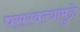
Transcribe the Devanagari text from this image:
पसरवल्यामुळे